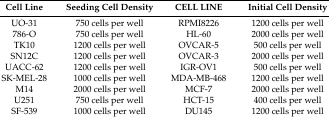
<table><thead><tr><td><b>Cell Line</b></td><td><b>Seeding Cell Density</b></td><td><b>CELL LINE</b></td><td><b>Initial Cell Density</b></td></tr></thead><tbody><tr><td>UO-31</td><td>750 cells per well</td><td>RPMI8226</td><td>1200 cells per well</td></tr><tr><td>786-O</td><td>750 cells per well</td><td>HL-60</td><td>2000 cells per well</td></tr><tr><td>TK10</td><td>1200 cells per well</td><td>OVCAR-5</td><td>500 cells per well</td></tr><tr><td>SN12C</td><td>1200 cells per well</td><td>OVCAR-3</td><td>2000 cells per well</td></tr><tr><td>UACC-62</td><td>1200 cells per well</td><td>IGR-OV1</td><td>500 cells per well</td></tr><tr><td>SK-MEL-28</td><td>1000 cells per well</td><td>MDA-MB-468</td><td>1200 cells per well</td></tr><tr><td>M14</td><td>2000 cells per well</td><td>MCF-7</td><td>2000 cells per well</td></tr><tr><td>U251</td><td>750 cells per well</td><td>HCT-15</td><td>400 cells per well</td></tr><tr><td>SF-539</td><td>1000 cells per well</td><td>DU145</td><td>1200 cells per well</td></tr></tbody></table>